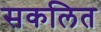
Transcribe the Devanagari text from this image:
सकलित